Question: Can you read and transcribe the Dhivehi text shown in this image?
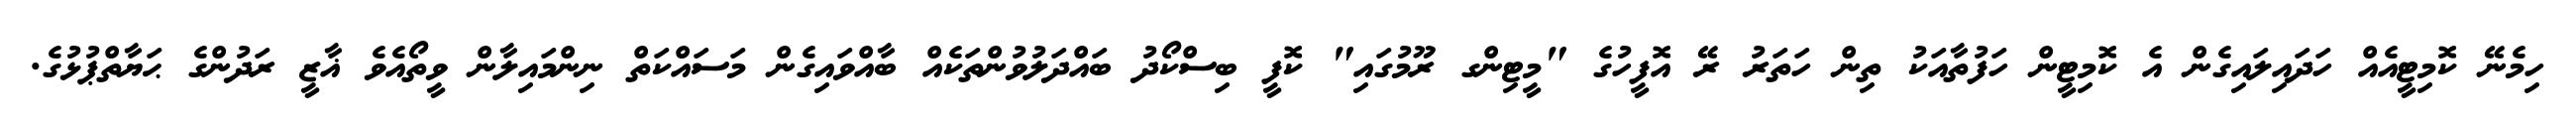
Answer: ހިމެނޭ ކޮމިޓީއެއް ހަދައިލައިގެން އެ ކޮމިޓީން ހަފުތާއަކު ތިން ހަތަރު ރޭ އޮފީހުގެ "މީޓިންގ ރޫމުގައި" ކޮފީ ބިސްކޯދު ބައްދަލުވުންތަކެއް ބާއްވައިގެން މަސައްކަތް ނިންމައިލާން ވީތޯއެވެ ޣާޒީ ރަދުންގެ ޙަޔާތްޕުޅުގެ.